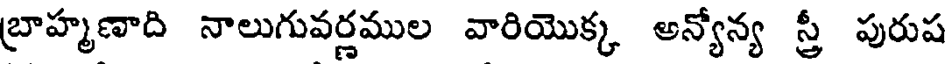
బ్రాహ్మణాది నాలుగువర్ణముల వారియొక్క అన్యోన్య స్త్రీ పురుష